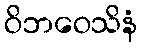
ဝိဘဝေသိနံ